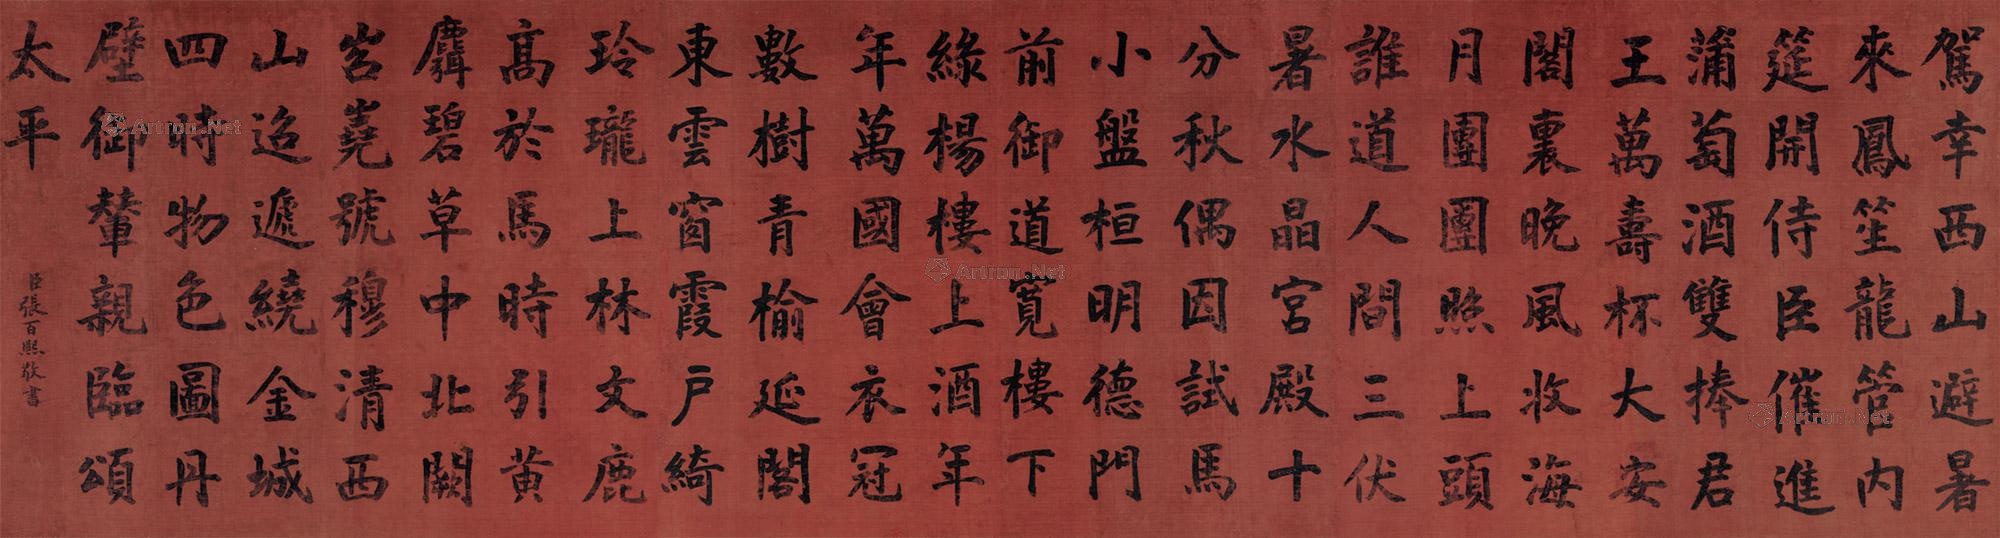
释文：驾幸西山避暑来，凤笙龙管内筵开。侍臣催进蒲萄酒，双捧君王万寿杯。
大安阁里晚风收，海月团团照上头。谁道人间三伏暑，水晶宫殿十分秋。
偶因试马小盘桓，明德门前御道宽。楼下绿杨楼上酒，年年万国会衣冠。
数树青榆延阁东，云窗霞户绮玲珑。上林文鹿高于马，时引黄麛碧草中。
北阙岧峣号穆清，西山迢递绕金城。四时物色图丹壁，御辇亲临颂太平。臣张百熙敬书。